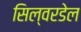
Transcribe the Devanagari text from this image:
सिल्वरडेल